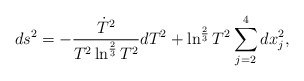
\begin{align*}ds^2= -\frac{\dot{T}^2}{T^2\ln^{\frac{2}{3}}T^2}dT^2+\ln^{\frac{2}{3}}T^2\sum_{j=2}^4 dx_j^2 ,\end{align*}